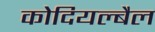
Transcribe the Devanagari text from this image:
कोदियल्बैल